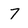
Character: 7